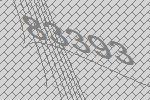
83393